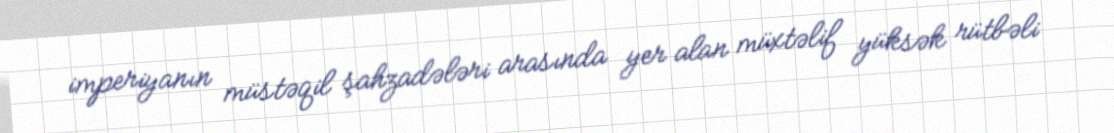
imperiyanın müstəqil şahzadələri arasında yer alan müxtəlif yüksək rütbəli